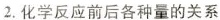
2.化学反应前后各种量的关系